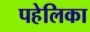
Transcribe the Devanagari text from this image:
पहेलिका